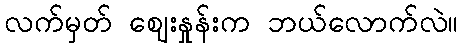
လက်မှတ် ဈေးနှုန်းက ဘယ်လောက်လဲ။